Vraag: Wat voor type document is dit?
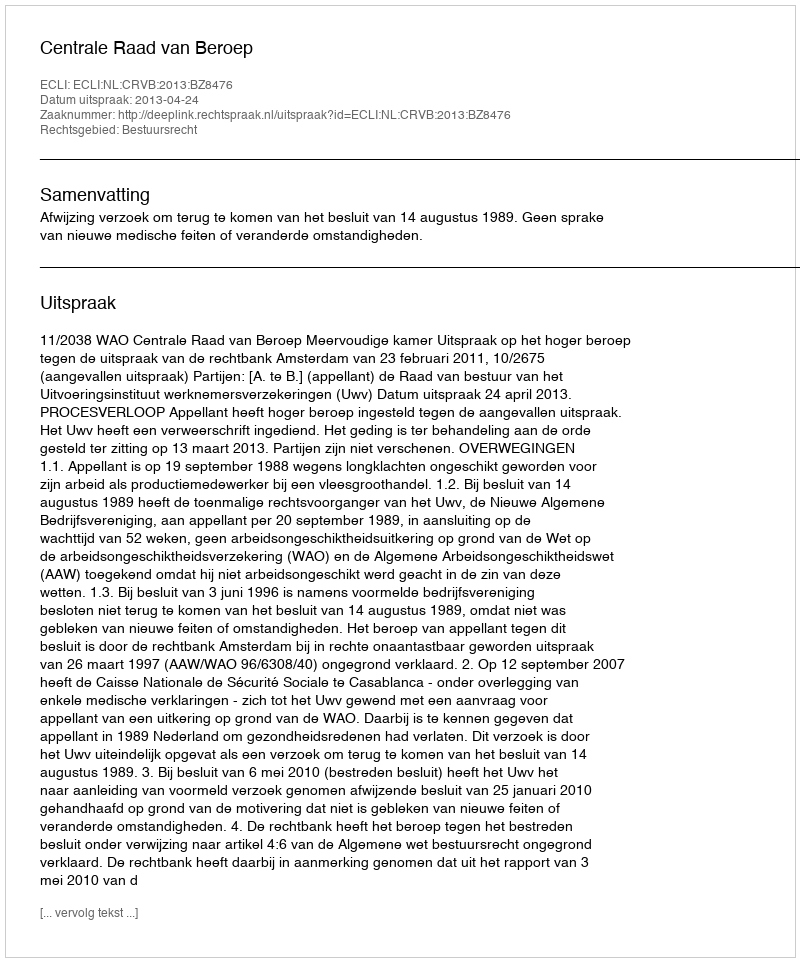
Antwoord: Uitspraak